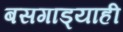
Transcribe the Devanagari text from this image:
बसगाड्याही